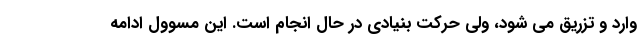
وارد و تزریق می شود، ولی حرکت بنیادی در حال انجام است. این مسوول ادامه